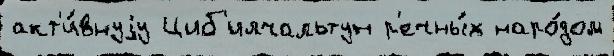
акт'и́внуjу Циб'илчальтун р'ечны́х наро́дом